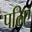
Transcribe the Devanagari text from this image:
पढिए